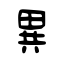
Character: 異